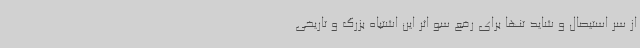
از سر استیصال و شاید تنها برای رفع سو اثر این اشتباه بزرگ و تاریخی